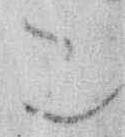
こ